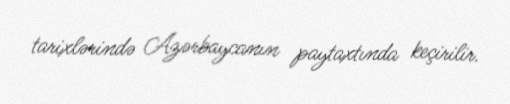
tarixlərində Azərbaycanın paytaxtında keçirilir.